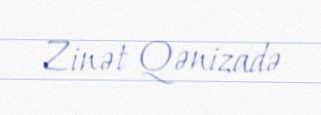
Zinət Qənizadə